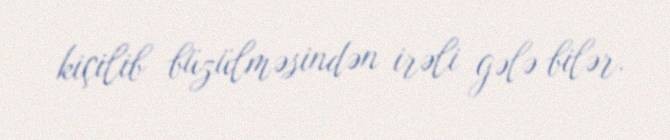
kiçilib büzülməsindən irəli gələ bilər.